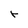
Character: r